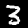
Digit: 3